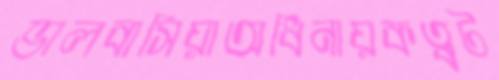
ভালবাসিয়াঅধিনায়কত্বট